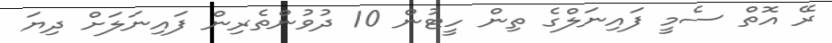
ރޭ އޮތް ސެމީ ފައިނަލްގެ ތިން ހީޓުން 10 ދުވުންތެރިން ފައިނަލަށް ދިޔަ